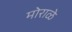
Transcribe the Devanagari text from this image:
मोराळे